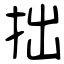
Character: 拙